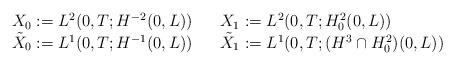
LaTeX: \begin{align*}\begin{array}[c]{lll}X_{0}:=L^{2}( 0,T;H^{-2}( 0,L) ) & &X_{1}:=L^{2}( 0,T;H_{0}^{2}( 0,L) ) \\\tilde{X}_{0}:=L^{1}( 0,T;H^{-1}( 0,L) ) && \tilde{X}_{1}:=L^{1}( 0,T;( H^{3}\cap H_{0}^{2}) (0,L) ) \end{array}\end{align*}